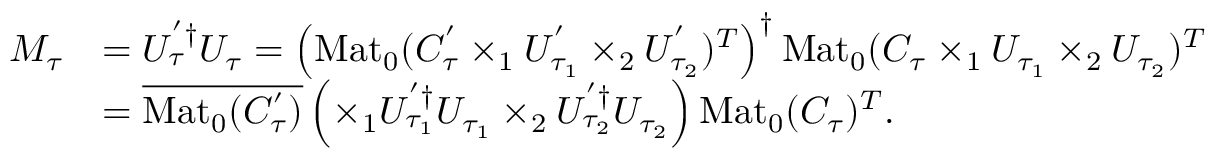
\begin{array} { r l } { M _ { \tau } } & { = U _ { \tau } ^ { ' \dagger } U _ { \tau } = \left( \mathrm { M a t } _ { 0 } ( C _ { \tau } ^ { ' } \times _ { 1 } U _ { \tau _ { 1 } } ^ { ' } \times _ { 2 } U _ { \tau _ { 2 } } ^ { ' } ) ^ { T } \right) ^ { \dagger } \mathrm { M a t } _ { 0 } ( C _ { \tau } \times _ { 1 } U _ { \tau _ { 1 } } \times _ { 2 } U _ { \tau _ { 2 } } ) ^ { T } } \\ & { = \overline { { \mathrm { M a t } _ { 0 } ( C _ { \tau } ^ { ' } ) } } \left( \times _ { 1 } U _ { \tau _ { 1 } } ^ { ' \dagger } U _ { \tau _ { 1 } } \times _ { 2 } U _ { \tau _ { 2 } } ^ { ' \dagger } U _ { \tau _ { 2 } } \right) \mathrm { M a t } _ { 0 } ( C _ { \tau } ) ^ { T } . } \end{array}